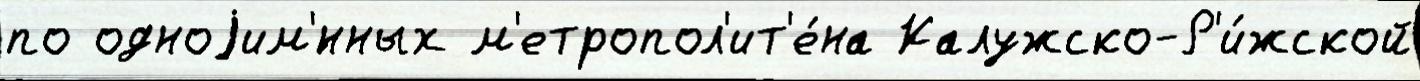
по одноjим'́нных м'етропол'ит'е́на Калужско-Р'и́жской